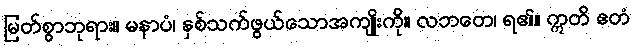
မြတ်စွာဘုရား။ မနာပံ၊ နှစ်သက်ဖွယ်သောအကျိုးကို။ လဘတေ၊ ရ၏။ ဣတိ ဧတံ